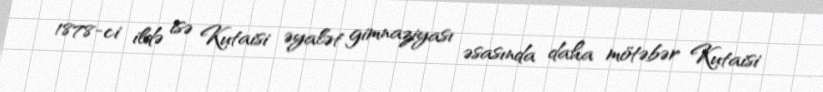
1878-ci ildə isə Kutaisi əyalət gimnaziyası əsasında daha mötəbər Kutaisi